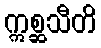
ဣစ္ဆသီတိ